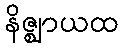
နိဇ္ဈာယထ